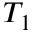
T _ { 1 }